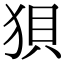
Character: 狽